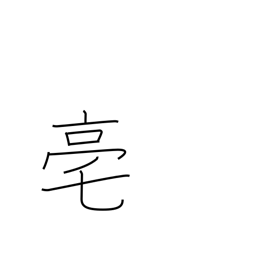
Meaning: an ancient Chinese capital